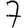
Digit: 7